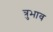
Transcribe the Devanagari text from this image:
त्रुभाव